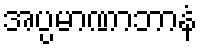
အပ္ပမာဏာဘာနံ